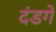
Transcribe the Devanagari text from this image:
दंडगे